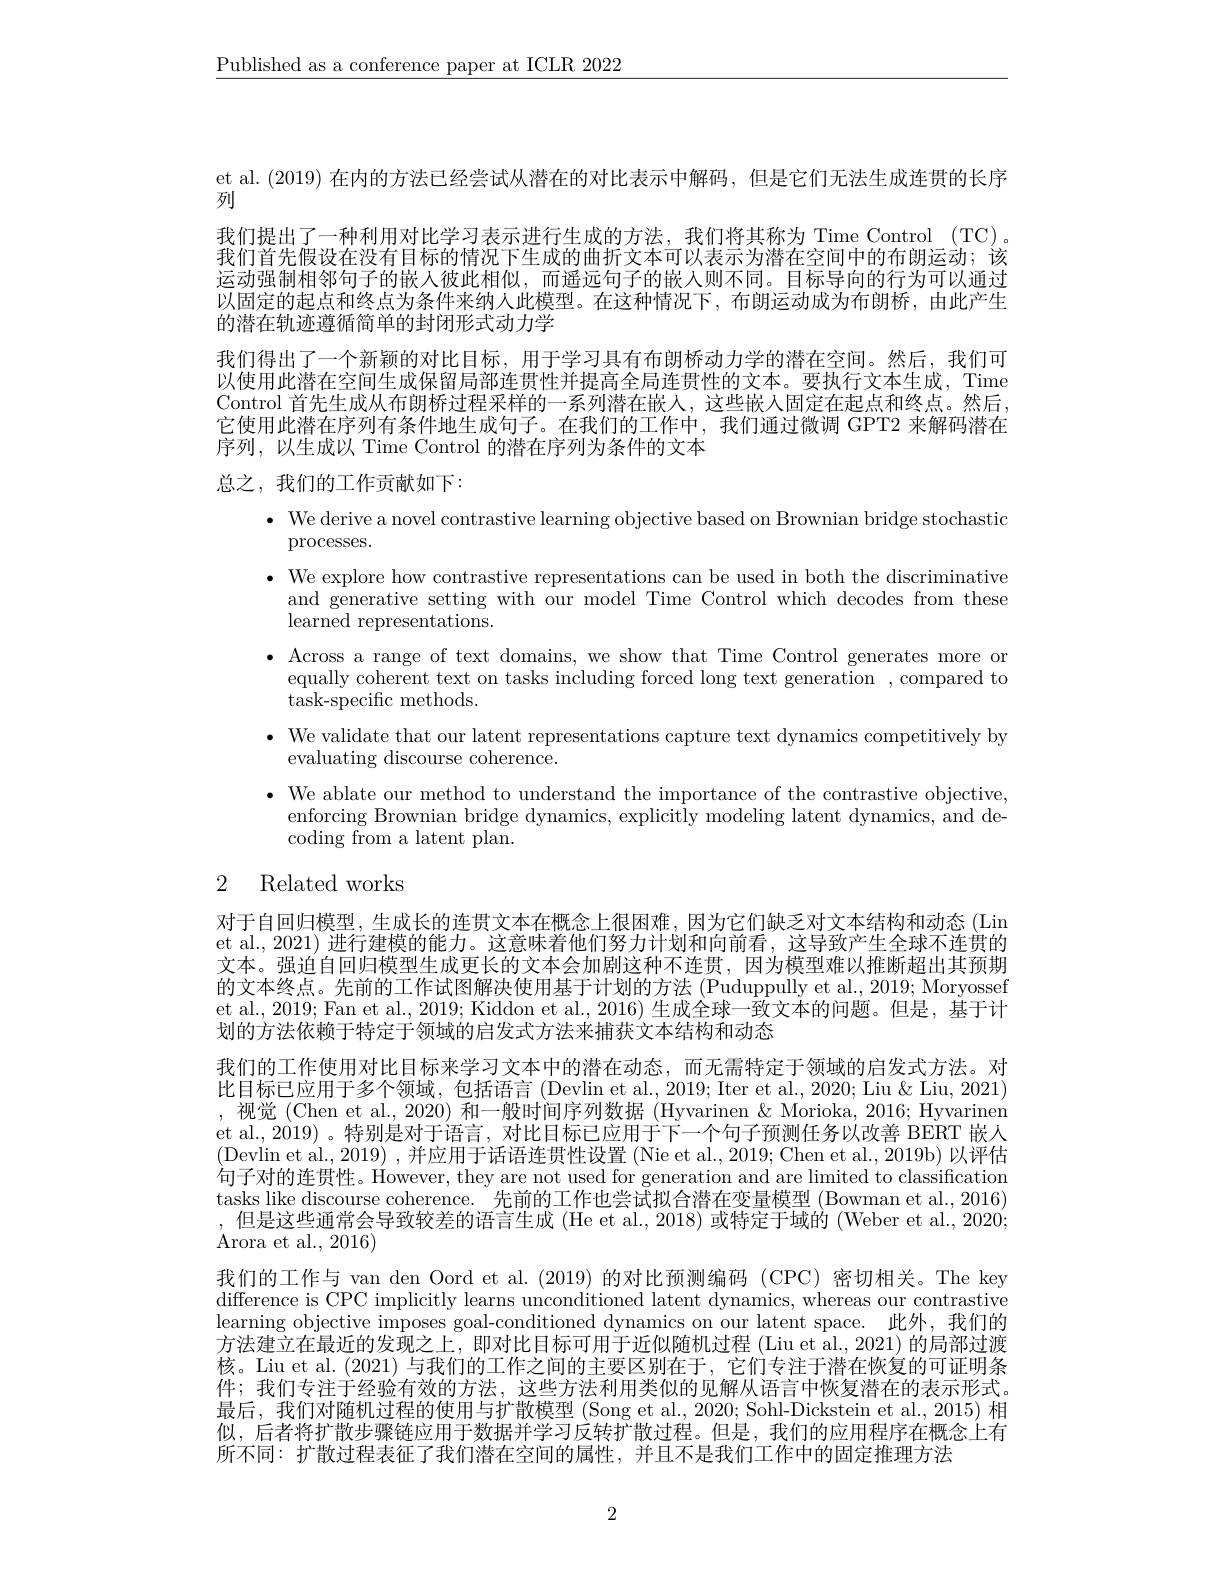
$\underline{\text{Published as a conference paper at ICLR 2022}}$

et al. (2019) 在内的方法已经尝试从潜在的对比表示中解码，但是它们无法生成连贯的长序
列
我们提出了一种利用对比学习表示进行生成的方法，我们将其称为 Time Control (TC)。我们首先假设在没有目标的情况下生成的曲折文本可以表示为潜在空间中的布朗运动；该运动强制相邻句子的嵌人彼此相似，而遥远句子的嵌入则不同。目标导向的行为可以通过以固定的起点和终点为条件来纳入此模型。在这种情况下，布朗运动成为布朗桥，由此产生的潜在轨迹遵循简单的封闭形式动力学
我们得出了一个新颖的对比目标，用于学习具有布朗桥动力学的潜在空间。然后，我们可以使用此潜在空间生成保留局部连贯性并提高全局连贯性的文本。要执行文本生成，Time Control 首先生成从布朗桥过程采样的一系列潜在嵌人，这些嵌人固定在起点和终点。然后， 它使用此潜在序列有条件地生成句子。在我们的工作中，我们通过微调 GPT2 来解码潜在序列，以生成以 Time Control 的潜在序列为条件的文本

总之，我们的工作贡献如下：
· We derive a novel contrastive learning objective based on Brownian bridge stochastic
processes.
$\bullet$ We explore how contrastive representations can be used in both the discriminative
and generative setting with our model Time Control which decodes from these
learned representations.
$\bullet$ Across a range of text domains, we show that Time Control generates more or
equally coherent text on tasks including forced long text generation , compared to
task-specific methods.
$\bullet$ We validate that our latent representations capture text dynamics competitively by
evaluating discourse coherence.
$\bullet$ We ablate our method to understand the importance of the contrastive objective,
enforcing Brownian bridge dynamics, explicitly modeling latent dynamics, and de-
coding from a latent plan.
2 Related works

对于自回归模型，生成长的连贯文本在概念上很困难，因为它们缺乏对文本结构和动态(Lin et al., 2021) 进行建模的能力。这意味着他们努力计划和向前看，这导致产生全球不连贯的文本。强迫自回归模型生成更长的文本会加剧这种不连贯，因为模型难以推断超出其预期的文本终点。先前的工作试图解决使用基于计划的方法 (Puduppully et al., 2019; Moryossef et al., 2019; Fan et al., 2019; Kiddon et al., 2016) 生成全球一致文本的问题。但是，基于计划的方法依赖于特定于领域的启发式方法来捕获文本结构和动态
我们的工作使用对比目标来学习文本中的潜在动态，而无需特定于领域的启发式方法。对比目标已应用于多个领域，包括语言 (Devlin et al., 2019; Iter et al., 2020; Liu & Liu, 2021) ,视觉 (Chen et al., 2020) 和一般时间序列数据 (Hyvarinen & Morioka, 2016; Hyvarinen et al., 2019)。特别是对于语言，对比目标已应用于下一个句子预测任务以改善 BERT 嵌人(Devlin et al., 2019) , 并应用于话语连贯性设置 (Nie et al., 2019; Chen et al., 2019b) 以评估句子对的连贯性。However, they are not used for generation and are limited to classification tasks like discourse coherence. 先前的工作也尝试拟合潜在变量模型 (Bowman et al., 2016) ,但是这些通常会导致较差的语言生成 (He et al., 2018) 或特定于域的 (Weber et al., 2020; Arora et al., 2016)
我们的工作与 van den Oord et al.(2019)的对比预测编码 (CPC)密切相关。The key difference is CPC implicitly learns unconditioned latent dynamics, whereas our contrastive learning objective imposes goal-conditioned dynamics on our latent space. 此外，我们的方法建立在最近的发现之上，即对比目标可用于近似随机过程 (Liu et al., 2021) 的局部过渡核。Liu et al. (2021) 与我们的工作之间的主要区别在于，它们专注于潜在恢复的可证明条件；我们专注于经验有效的方法，这些方法利用类似的见解从语言中恢复潜在的表示形式。最后，我们对随机过程的使用与扩散模型 (Song et al., 2020; Sohl-Dickstein et al., 2015) 相似，后者将扩散步骤链应用于数据并学习反转扩散过程。但是，我们的应用程序在概念上有所不同：扩散过程表征了我们潜在空间的属性，并且不是我们工作中的固定推理方法

2